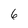
Character: 6